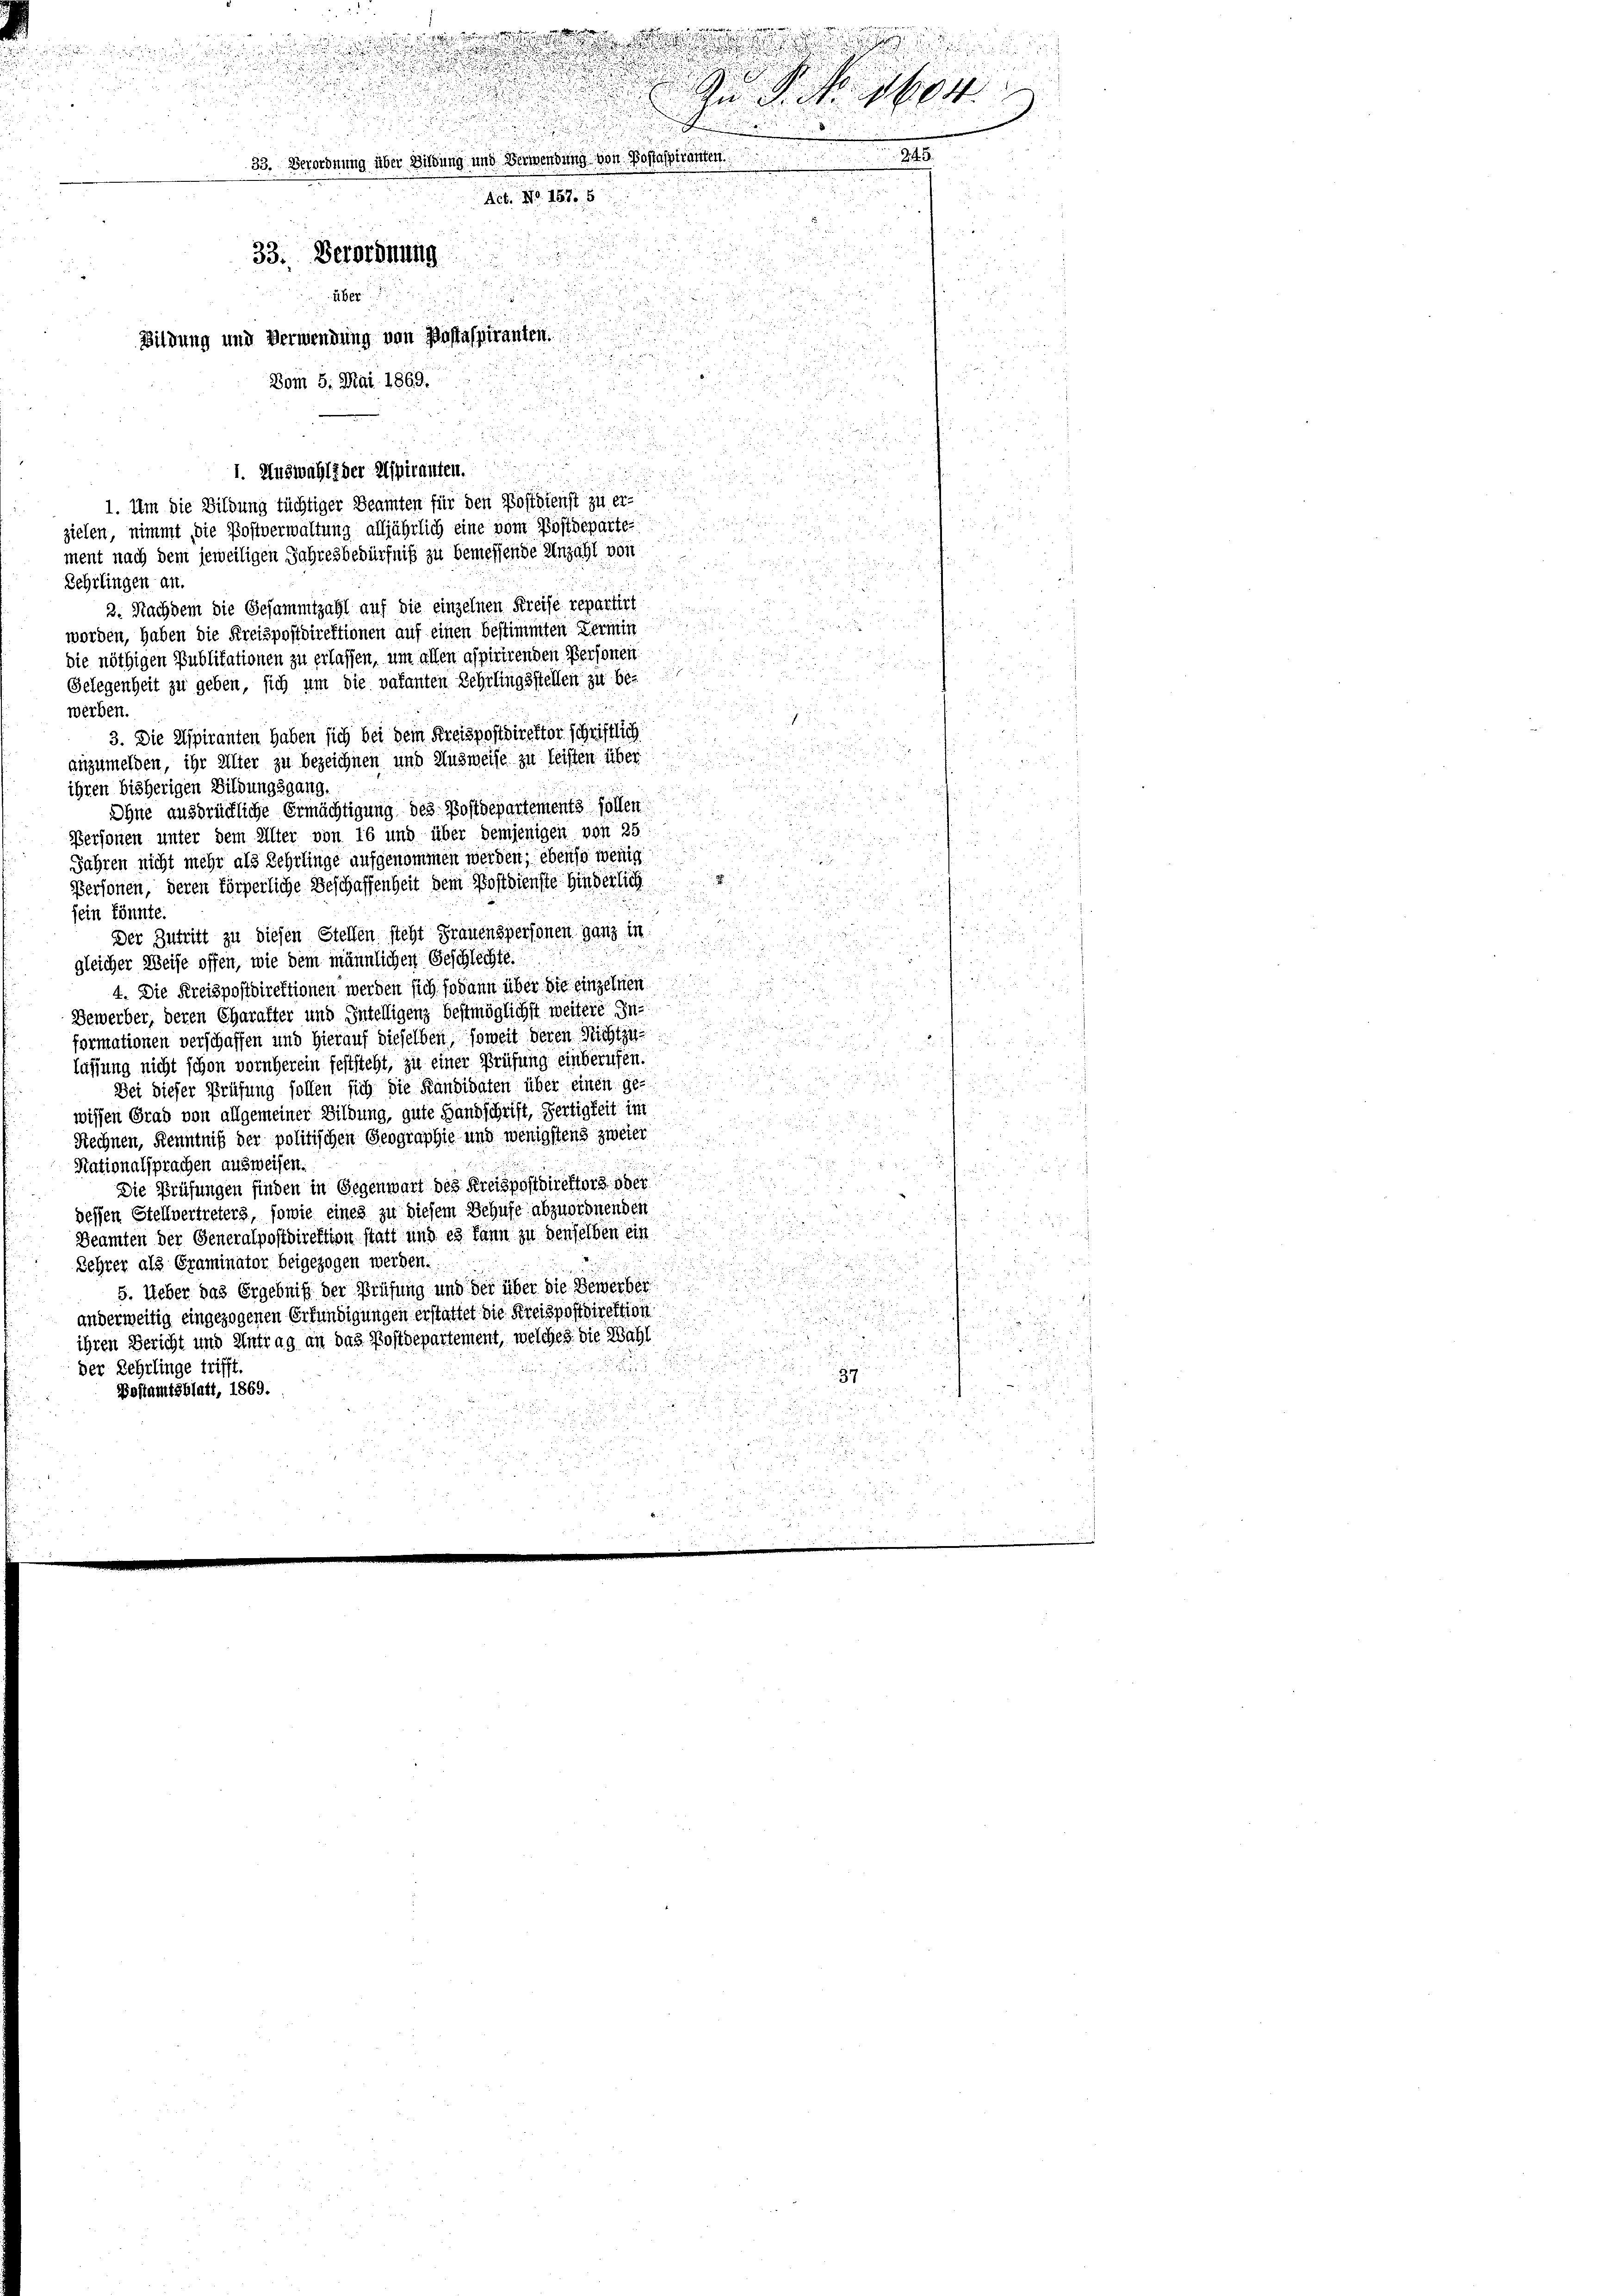
2
me

d

!!!!!!

u

.

u
 xx
 S. 1789
.
.
345
33. Verordnung über Bildung und Verwendung von Bossaspiranten.
Act. No. 157. 5

33. Verordnung
über

Bildung und Verwendung von Postaspiranten.
Vom 5. Mai 1869.
i

1. Auswahl der Aspiranten.
2
1. Um die Bildung tüchtiger Beamten für den Postdienst zu erzielen, nimmt die Postverwaltung alljährlich eine vom Postdeparte

ment nach dem jeweiligen Jahresbedürfniß zu bemessende Anzahl von
Sehrlingen an.
2. Nachdem die Gesammtzahl auf die einzelnen Kreise repartirt

worden, haben die Kreispostdirektionen auf einen bestimmten Termin
die nöthigen Publikationen zu erlassen, um allen aspirirenden Personen
Gelegenheit zu geben, sich um die vakanten Lehrlingsstellen zu be-
e

werben.

3. Die Aspiranten haben sich bei dem Kreispostdirektor schriftlich

anzumelden, ihr Alter zu bezeichnen und Ausweise zu leisten über
ihren bisherigen Bildungsgang.

Ohne ausbrückliche Ermächtigung des Postdepartements sollen
Personen unter dem Alter von 16 und über demjenigen von 25
Jahren nicht mehr als Lehrlinge aufgenommen werden; ebenso wenig
Personen, deren körperliche Beschaffenheit dem Postdienste hinderlich

n
sein könnte.
2
.
Der Zutritt zu diesen Stellen steht Frauenspersonen ganz in

gleicher Weise offen, wie dem männlichen Geschlechte.
4. Die Kreispostdirektionen werden sich sodann über die einzelnen
a
Bewerber, deren Charakter und Intelligenz bestmöglichst weitere In
formationen verschaffen und hierauf dieselben, soweit deren Richtin
lassung nicht schon vornherein feststeht, zu einer Prüfung einberufen.
Bei dieser Prüfung sollen sich die Kandidaten über einen ge-
u
u
wissen Grad von allgemeiner Bildung, gute Handschrift, Fertigkeit im
u

Rechnen, Kenntniß der politischen Geographie und wenigstens zweier
Nationalsprachen ausweisen.
Die Prüfungen finden in Gegenwart des Kreispostdirektors oder
dessen Stellvertreters, sowie eines zu diesem Behufe abzuordnenden
Beamten der Generalpostdirektion statt und es kann zu denselben ein
Lehrer als Graminator beigezogen werden.
5. Ueber das Ergebniß der Prüfung und der über die Bewerber
anderweitig eingezogenen Erfündigungen erstattet die Kreispostdirektion
ihren Bericht und Antrag an das Postdepartement, welches die Wahl
n

der Lehrlinge trifft.
Bestamtsblatt, 1869.

80